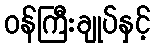
ဝန်ကြီးချုပ်နှင့်